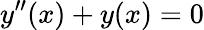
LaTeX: y^{\prime\prime}(x)+y(x)=0